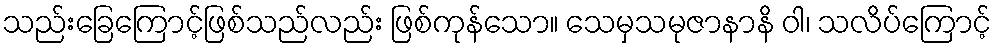
သည်းခြေကြောင့်ဖြစ်သည်လည်း ဖြစ်ကုန်သော။ သေမှသမုဇာနာနိ ဝါ၊ သလိပ်ကြောင့်